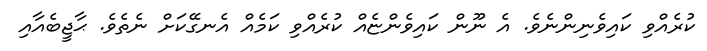
ކުރެއްވި ކައިވެނިންނެވެ. އެ ނޫން ކައިވެންޏެއް ކުރެއްވި ކަމެއް އެނގޭކަށް ނެތެވެ. ޙާޖީބެއާއި